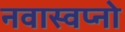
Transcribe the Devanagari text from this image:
नवास्वप्नो